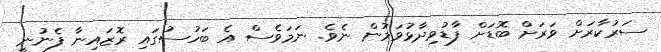
ސަރުކާރަށް ވަރަށް ބޮޑަށް ފާޑުވިދާޅުވަމުން ނެވެ. ނަަމަވެސް އެ ބަހުސުގައި ރޮޒައިނާ ފެނުނީ